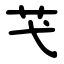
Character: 芅